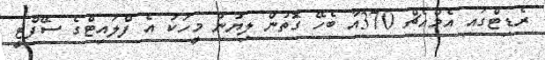
ރެޑިޓްގައި އެމްއެޗް 370އާ ބެހޭ ގޮތުން ލިޔުނު މީހަކު އެ ފްލައިޓްގެ ސޭފްޓީ